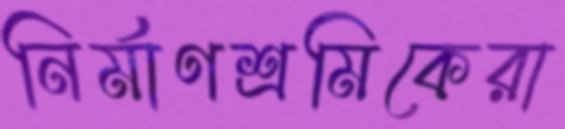
নির্মাণশ্রমিকেরা